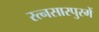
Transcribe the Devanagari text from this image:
रत्नसारपुरमें